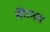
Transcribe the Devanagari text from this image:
मैंगनस